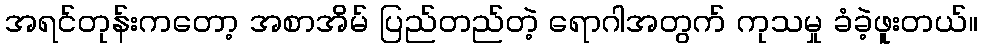
အရင်တုန်းကတော့ အစာအိမ် ပြည်တည်တဲ့ ရောဂါအတွက် ကုသမှု ခံခဲ့ဖူးတယ်။